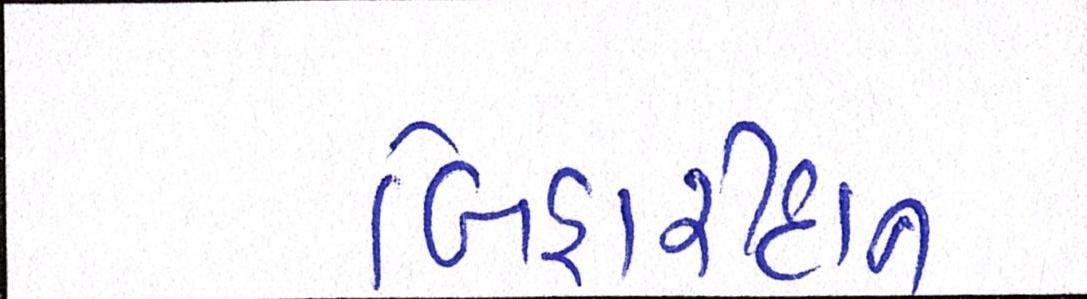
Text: બિહારીદાન